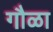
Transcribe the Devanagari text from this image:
गौळा